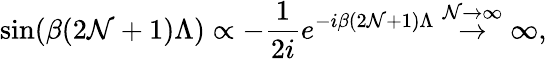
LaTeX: \sin(\beta(2\mathcal{N}+1)\Lambda)\propto-\frac{{1}}{{2i}}e^{-i\beta(2\mathcal{N}+1)\Lambda}\stackrel{\mathcal{N}\rightarrow\infty}{\rightarrow}\infty,